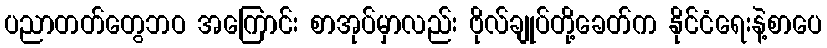
ပညာတတ်တွေဘဝ အကြောင်း စာအုပ်မှာလည်း ဗိုလ်ချုပ်တို့ခေတ်က နိုင်ငံရေးနဲ့စာပေ